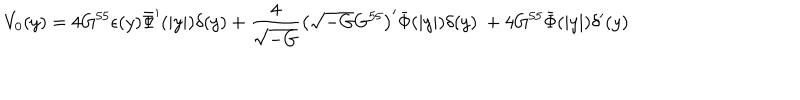
V _ { 0 } ( y ) = 4 G ^ { 5 5 } \epsilon ( y ) \bar { \Phi } ^ { \prime } ( | y | ) \delta ( y ) + \frac { 4 } { \sqrt { - G } } \left( \sqrt { - G } G ^ { 5 5 } \right) ^ { \prime } \bar { \Phi } ( | y | ) \delta ( y ) \ + 4 G ^ { 5 5 } \bar { \Phi } ( | y | ) \delta ^ { \prime } ( y )